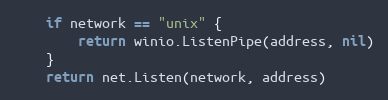
Language: Go
	if network == "unix" {
		return winio.ListenPipe(address, nil)
	}
	return net.Listen(network, address)